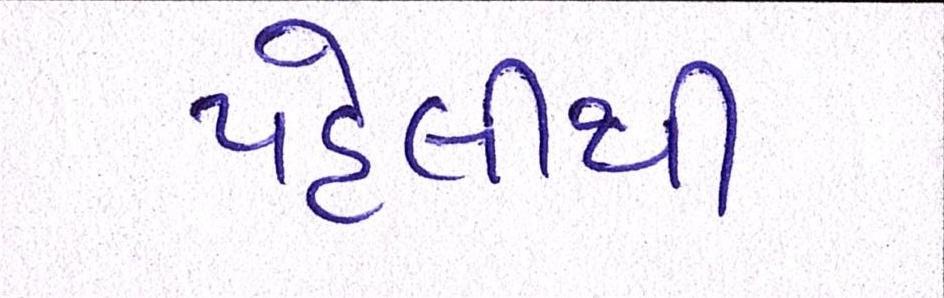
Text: પહેલીથી